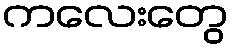
ကလေးတွေ